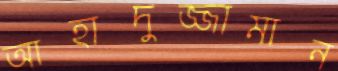
আহাদুজ্জামান